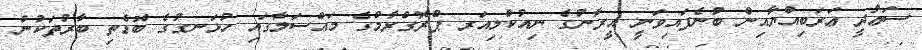
ސަޢުދީ ޢަރަބިއްޔާއިން ބުނެފައިވަނީ އީރާނުގެ ނިއުކްލިއަރ ޕްރޮގްރާމްގެ މައްސަލާގައި ހުޅަނގުގެ ބޮޑެތި ބާރުތަކުން